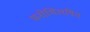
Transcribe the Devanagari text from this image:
मनोभिलषित